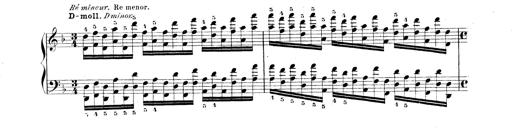
Title: Technische Studien
Composer: Franz Liszt